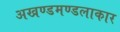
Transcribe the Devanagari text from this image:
अखण्डमण्डलाकार